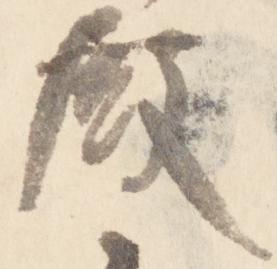
殿